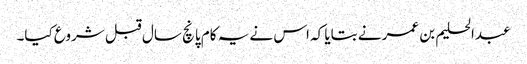
عبدالحلیم بن عمر نے بتایا کہ اس نے یہ کام پانچ سال قبل شروع کیا۔